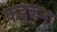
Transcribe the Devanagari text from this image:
फड़कना